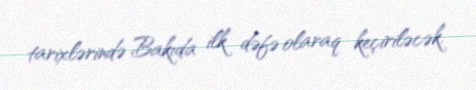
tarixlərində Bakıda ilk dəfə olaraq keçiriləcək.